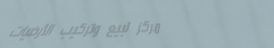
مركز لبيع وتركيب الأرضيات